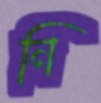
নি